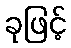
ခုဖြင့်